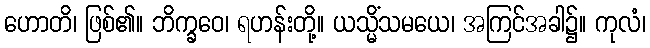
ဟောတိ၊ ဖြစ်၏။ ဘိက္ခဝေ၊ ရဟန်းတို့။ ယသ္မိံသမယေ၊ အကြင်အခါ၌။ ကုလံ၊